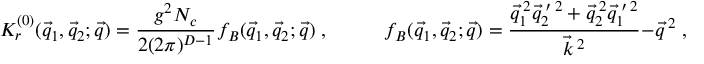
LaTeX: { \cal K } _ { r } ^ { ( 0 ) } ( \vec { q } _ { 1 } , \vec { q } _ { 2 } ; \vec { q } ) = \frac { g ^ { 2 } N _ { c } } { 2 ( 2 \pi ) ^ { D - 1 } } \: f _ { B } ( \vec { q } _ { 1 } , \vec { q } _ { 2 } ; \vec { q } ) \; , \; \; \; \; \; \; \; \; \; \; f _ { B } ( \vec { q } _ { 1 } , \vec { q } _ { 2 } ; \vec { q } ) = \frac { \vec { q } _ { 1 } ^ { \: 2 } \vec { q } _ { 2 } ^ { \: \prime \: 2 } + \vec { q } _ { 2 } ^ { \: 2 } \vec { q } _ { 1 } ^ { \: \prime \: 2 } } { \vec { k } ^ { \: 2 } } - \vec { q } ^ { \: 2 } \; ,